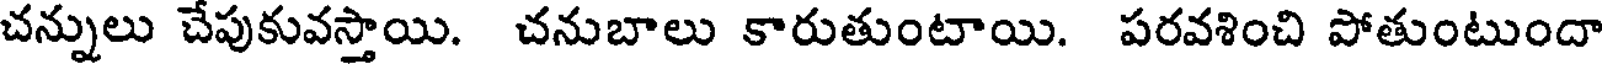
చన్నులు చేపుకువస్తాయి. చనుబాలు కారుతుంటాయి. పరవశించి పోతుంటుందా